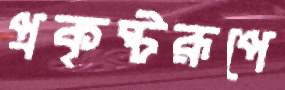
প্রকৃষ্টরূপে